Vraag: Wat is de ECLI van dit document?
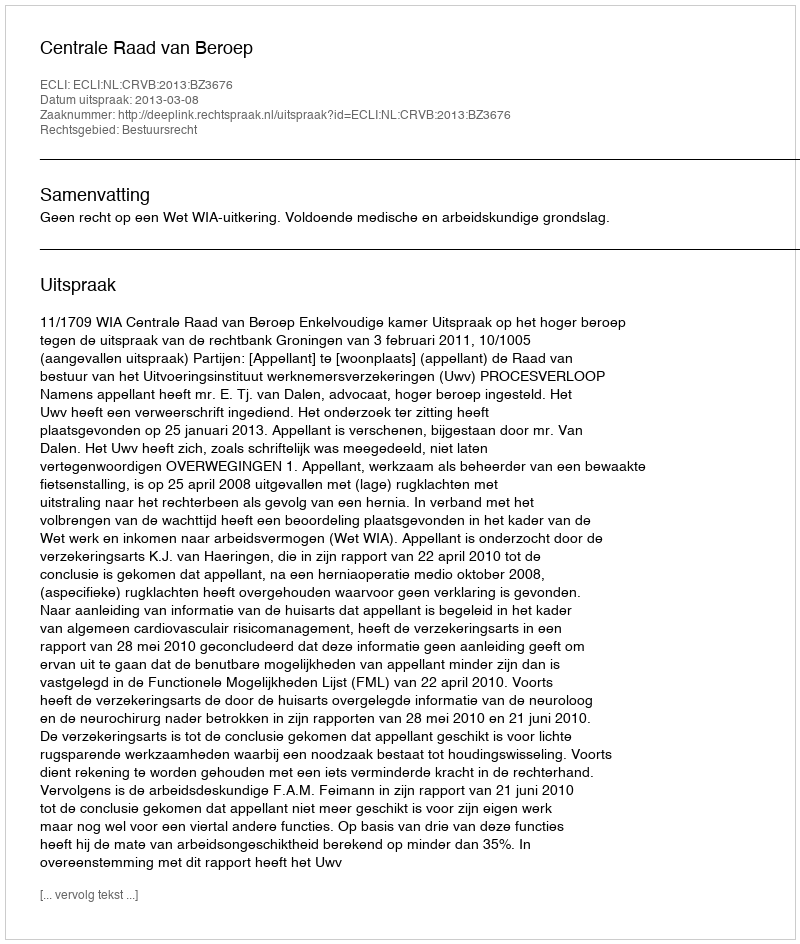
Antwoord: ECLI:NL:CRVB:2013:BZ3676